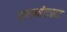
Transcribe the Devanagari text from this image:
रणमंडळा